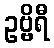
ဥဗ္ဗိရီ